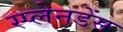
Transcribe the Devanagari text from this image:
स्प्लेनडेंस